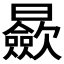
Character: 𣌋